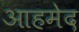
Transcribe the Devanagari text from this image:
आहमेद